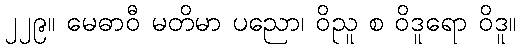
၂၂၉။ မေဓာဝီ မတိမာ ပညော၊ ဝိညူ စ ဝိဒူရော ဝိဒူ။